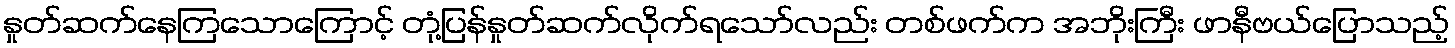
နှုတ်ဆက်နေကြသောကြောင့် တုံ့ပြန်နှုတ်ဆက်လိုက်ရသော်လည်း တစ်ဖက်က အဘိုးကြီး ဖာနီဗယ်ပြောသည့်